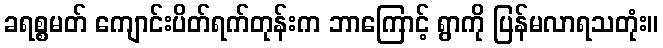
ခရစ္စမတ် ကျောင်းပိတ်ရက်တုန်းက ဘာကြောင့် ရွာကို ပြန်မလာရသတုံး။